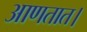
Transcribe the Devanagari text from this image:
आणतात।